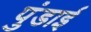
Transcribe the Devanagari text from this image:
पुंडाई